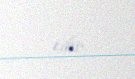
edir.